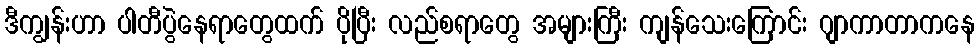
ဒီကျွန်းဟာ ပါတီပွဲနေရာတွေထက် ပိုပြီး လည်စရာတွေ အများကြီး ကျန်သေးကြောင်း ဂျာကာတာကနေ